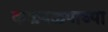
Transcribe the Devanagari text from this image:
कळवळ्याच्या